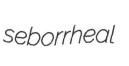
seborrheal